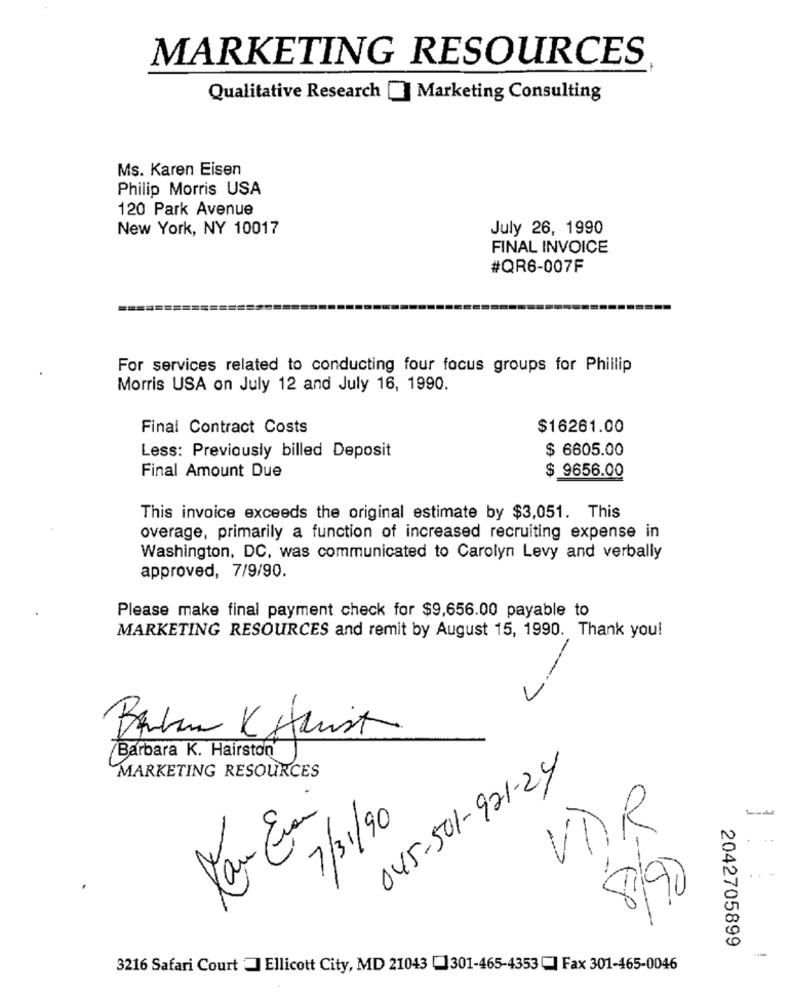
MARKETING RESOURCES
Qualitative Research [] Marketing Consulting
Ms. Karen Eisen
Philip Morris USA
120 Park Avenue
New York, NY 10017
July 26, 1990
FINAL INVOICE
#QR6-007F
For services related to conducting four focus groups for Phillip
Morris USA on July 12 and July 16, 1990.
Final Contract Costs
$16261.00
Less: Previously billed Deposit
$ 6605.00
$ 9656.00
Final Amount Due
This invoice exceeds the original estimate by $3,051. This
overage, primarily a function of increased recruiting expense in
Washington, DC, was communicated to Carolyn Levy and verbally
approved, 7/9/90.
Please make final payment check for $9,656.00 payable to
MARKETING RESOURCES and remit by August 15, 1990. Thank you!
--- -
Barbara K. Hairston
045-501-921-24
MARKETING RESOURCES
.
7/31/90
VDIR
8/90
2042705899
3216 Safari Court Ellicott City, MD 21043 [301-465-4353| Fax 301-465-0046